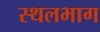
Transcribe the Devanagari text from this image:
स्थलभाग